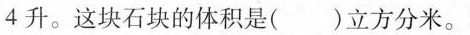
4升。这块石块的体积是( )立方分米。